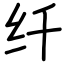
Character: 纤